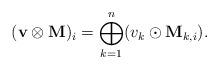
LaTeX: \begin{align*}(\mathbf{v}\otimes\mathbf{M})_{i}=\bigoplus_{k=1}^{n}({v}_{k}\odot\mathbf{M}_{k,i}).\end{align*}